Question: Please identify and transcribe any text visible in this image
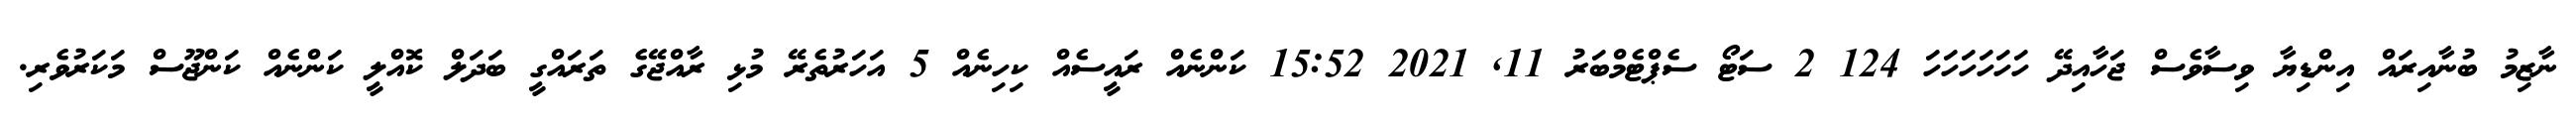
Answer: ނާޒިމު ބުނާއިރައް އިންޑިޔާ ވިސާވެސް ޖަހާއިދޭ ހަހަހަހަހަހަ 124 2 ސަޓޯ ސެޕްޓެމްބަރު 11, 2021 15:52 ކަންނެއް ރައީސެއް ކިހިނެއް 5 އަހަރުތެރޭ މުޅި ރާއްޖޭގެ ތަރައްގީ ބަދަލް ކޮއްލީ ކަންނެއް ކަންޖޫސް މަކަރުވެރި.